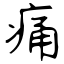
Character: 痛